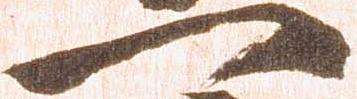
一